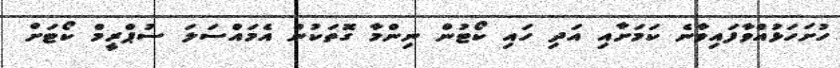
ހުށަހަޅުއްވާފައިވާނެ ކަމަށާއި އަދި ހައި ކޯޓުން ނިންމާ ގޮތަކުން އެމައްސަލަ ސުޕްރީމް ކޯޓަށް